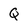
Character: Q